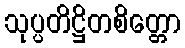
သုပ္ပတိဋ္ဌိတစိတ္တော